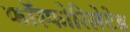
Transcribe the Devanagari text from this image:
फॉस्फोरिलेटेड